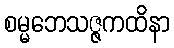
စမ္မဘေသဇ္ဇကထိနာ